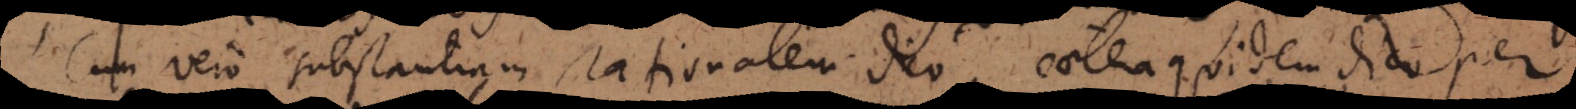
Cum vero substantiam rationalem dico, caetera quidem dico per